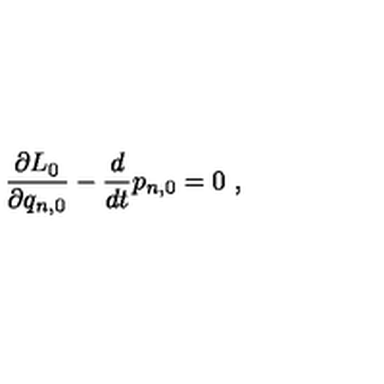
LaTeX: \frac { \partial L _ { 0 } } { \partial q _ { n , 0 } } - \frac { d } { d t } p _ { n , 0 } = 0 \ ,